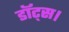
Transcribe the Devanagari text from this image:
डॉट्स।